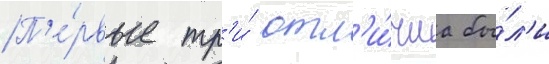
П'е́рвые тр'и́ отл'и́чиа бы́л'и